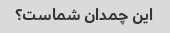
این چمدان شماست؟